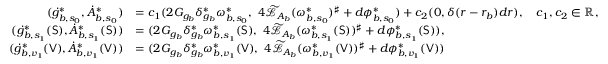
\begin{array} { r l } { ( \dot { g } _ { b , s _ { 0 } } ^ { * } , \dot { A } _ { b , s _ { 0 } } ^ { * } ) } & { = c _ { 1 } ( 2 G _ { g _ { b } } \delta _ { g _ { b } } ^ { * } \omega _ { b , s _ { 0 } } ^ { * } , \ 4 \widetilde { \mathcal { L } } _ { A _ { b } } ( \omega _ { b , s _ { 0 } } ^ { * } ) ^ { \sharp } + d \phi _ { b , s _ { 0 } } ^ { * } ) + c _ { 2 } ( 0 , \delta ( r - r _ { b } ) d r ) , \quad c _ { 1 } , c _ { 2 } \in \mathbb { R } , } \\ { ( \dot { g } _ { b , s _ { 1 } } ^ { * } ( \mathsf { S } ) , \dot { A } _ { b , s _ { 1 } } ^ { * } ( \mathsf { S } ) ) } & { = ( 2 G _ { g _ { b } } \delta _ { g _ { b } } ^ { * } \omega _ { b , s _ { 1 } } ^ { * } ( \mathsf { S } ) , \ 4 \widetilde { \mathcal { L } } _ { A _ { b } } ( \omega _ { b , s _ { 1 } } ^ { * } ( \mathsf { S } ) ) ^ { \sharp } + d \phi _ { b , s _ { 1 } } ^ { * } ( \mathsf { S } ) ) , } \\ { ( \dot { g } _ { b , v _ { 1 } } ^ { * } ( \mathsf { V } ) , \dot { A } _ { b , v _ { 1 } } ^ { * } ( \mathsf { V } ) ) } & { = ( 2 G _ { g _ { b } } \delta _ { g _ { b } } ^ { * } \omega _ { b , v _ { 1 } } ^ { * } ( \mathsf { V } ) , \ 4 \widetilde { \mathcal { L } } _ { A _ { b } } ( \omega _ { b , v _ { 1 } } ^ { * } ( \mathsf { V } ) ) ^ { \sharp } + d \phi _ { b , v _ { 1 } } ^ { * } ( \mathsf { V } ) ) } \end{array}